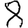
Digit: 8